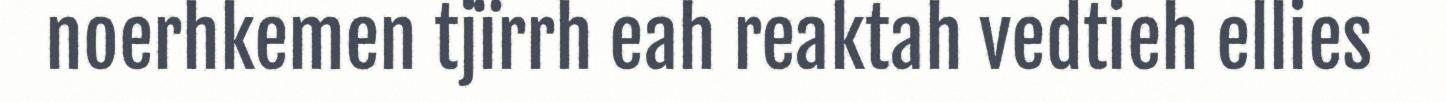
noerhkemen tjïrrh eah reaktah vedtieh ellies